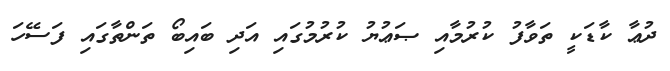
ދުޢާ ކާޑަކީ ތަވާފު ކުރުމާއި ޞަޢުޔު ކުރުމުގައި އަދި ބައިބޯ ތަންތާގައި ފަސޭހަ